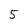
Character: 5